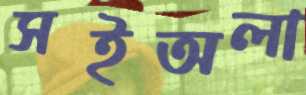
সইঅলা